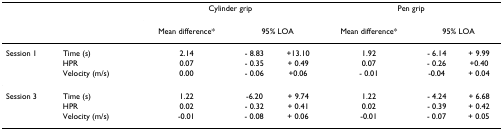
<table><thead><tr><td></td><td></td><td colspan="3"><b>Cylinder grip</b></td><td colspan="3"><b>Pen grip</b></td></tr><tr><td></td><td></td><td><b>Mean difference*</b></td><td colspan="2"><b>95% LOA</b></td><td><b>Mean difference*</b></td><td colspan="2"><b>95% LOA</b></td></tr></thead><tbody><tr><td>Session 1</td><td>Time (s)</td><td>2.14</td><td>- 8.83</td><td>+13.10</td><td>1.92</td><td>- 6.14</td><td>+ 9.99</td></tr><tr><td></td><td>HPR</td><td>0.07</td><td>- 0.35</td><td>+ 0.49</td><td>0.07</td><td>- 0.26</td><td>+0.40</td></tr><tr><td></td><td>Velocity (m/s)</td><td>0.00</td><td>- 0.06</td><td>+0.06</td><td>- 0.01</td><td>-0.04</td><td>+ 0.04</td></tr><tr><td>Session 3</td><td>Time (s)</td><td>1.22</td><td>-6.20</td><td>+ 9.74</td><td>1.22</td><td>- 4.24</td><td>+ 6.68</td></tr><tr><td></td><td>HPR</td><td>0.02</td><td>- 0.32</td><td>+ 0.41</td><td>0.02</td><td>- 0.39</td><td>+ 0.42</td></tr><tr><td></td><td>Velocity (m/s)</td><td>-0.01</td><td>- 0.08</td><td>+ 0.06</td><td>-0.01</td><td>- 0.07</td><td>+ 0.05</td></tr></tbody></table>